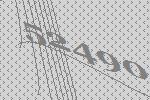
52490